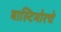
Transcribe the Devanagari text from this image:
बाल्टिमोरचे